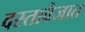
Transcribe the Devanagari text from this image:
दस्तावैजात